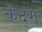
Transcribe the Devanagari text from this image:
केंद्ग